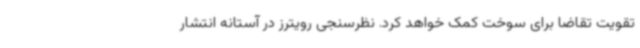
تقویت تقاضا برای سوخت کمک خواهد کرد. نظرسنجی رویترز در آستانه انتشار